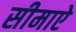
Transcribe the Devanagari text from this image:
सीमाऐ